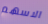
الاسهم